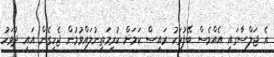
އެ ޖަލްސާގައި އެއްވެސް ބޭފުޅަކު ރައީސް ކަމަށް ކުރިމަތިނުލައްވުމުން ޖެހިގެން އައި ދުވަހު